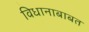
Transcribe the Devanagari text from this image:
विधानाबाबत